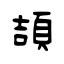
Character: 頡